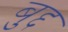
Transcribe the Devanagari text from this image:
बुद्द